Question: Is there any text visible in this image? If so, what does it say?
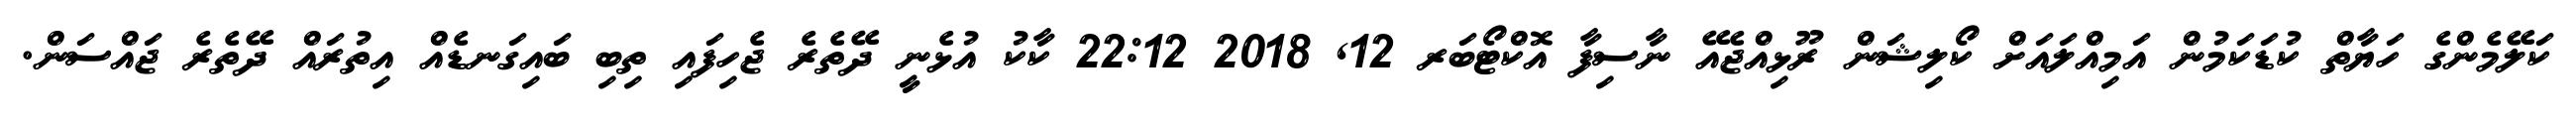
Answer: ކަލޭމެންގެ ހަޔާތް ކުޑަކަމުން އަމިއްލައަށް ކޯލިޝަން ރޫޅިއްޖެއޭ ނާސިފާ އޮކްޓޯބަރ 12, 2018 22:12 ކާކު އުޅެނީ ދޭތެރެ ޖެހިފައި ތިބި ބައިގަނޑެއް އިތުރައް ދޭތެރެ ޖައްސަން.